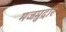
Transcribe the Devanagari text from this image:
मजमुदार